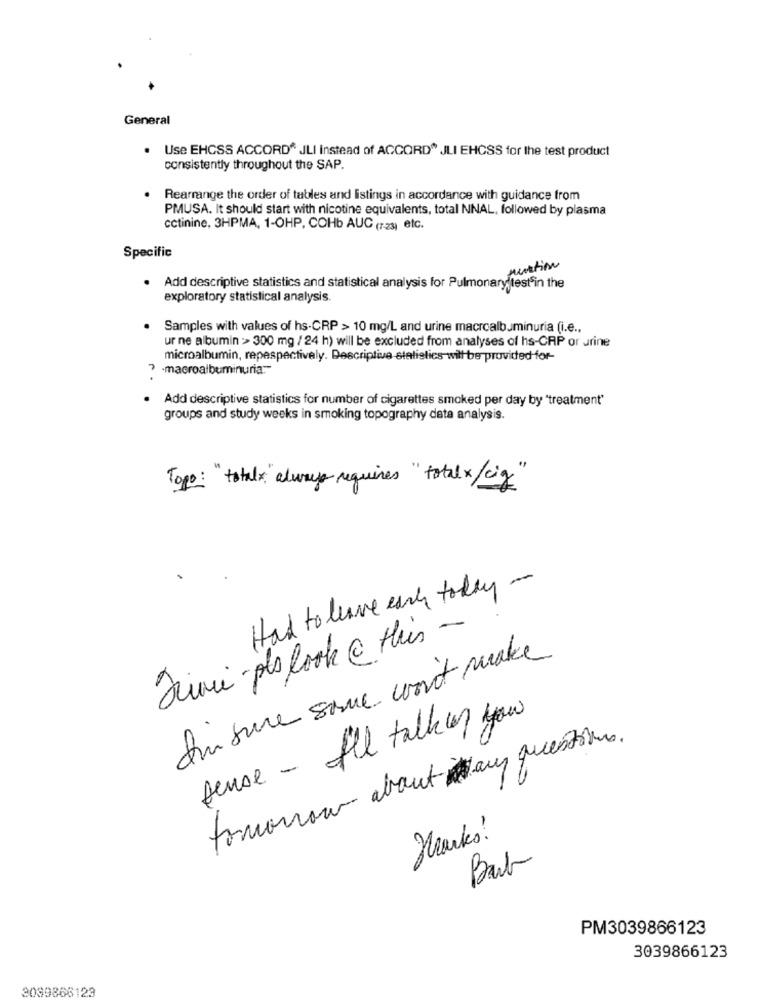
General
. Use EHCSS ACCORD" JLI Instead of ACCORD" JLI EHCSS for the test product
consistently throughout the SAP.
Rearrange the order of tables and Istings in accordance with guidance from
PMUSA. It should start with nicotine equivalents, total NNAL, followed by plasma
cctinine, 3HPMA, 1-OHP, COHb AUC (7-23) etc.
Specific
tim
Add descriptive statistics and statistical analysis for Pulmonary testsin the
exploratory statistical analysis.
Samples with values of hs-CRP > 10 mg/L and urine macrcalbuminuria (i.e .,
ur ne albumin :> 300 mg / 24 h) will be excluded from analyses of hs-CAP or urine
microalbumin, repespectively. Descriptive statistics will be provided for-
7 .macroalbuminuria :-
Add descriptive statistics for number of cigarettes smoked per day by "treatment"
groups and study weeks in smoking topography data analysis.
Topo: "total: " always requires " totalx/cig"
Had to leave each today -
Jimi-plslook@ His -
In sure some won't make
sense - All talk u you
tomorrow about any questions.
8
PM3039866123
3039866123
3089866129